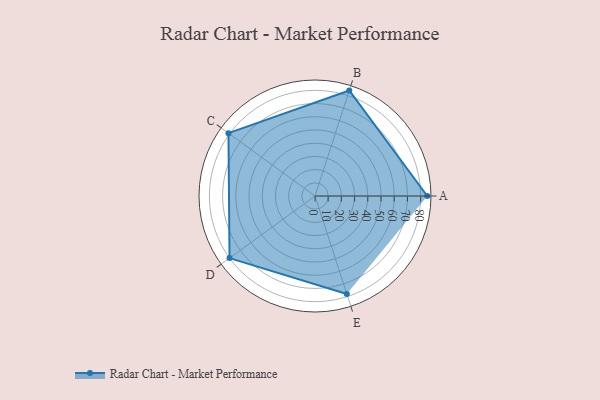
{"axis": {"x": "Skill", "y": "Score"}, "legend": ["Profile"], "data": [{"x": "A", "y": 85.0, "type": "Profile"}, {"x": "B", "y": 84.0, "type": "Profile"}, {"x": "C", "y": 81.0, "type": "Profile"}, {"x": "D", "y": 80.0, "type": "Profile"}, {"x": "E", "y": 78.0, "type": "Profile"}]}